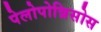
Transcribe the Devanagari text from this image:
पेलोपोन्निसोस